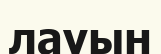
лауын